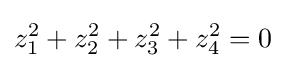
z_{1}^{2}+z_{2}^{2}+z_{3}^{2}+z_{4}^{2}=0